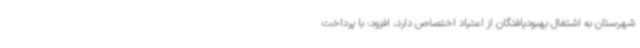
شهرستان به اشتغال بهبودیافتگان از اعتیاد اختصاص دارد، افزود: با پرداخت